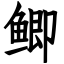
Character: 鲫